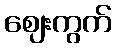
ဈေးကွက်